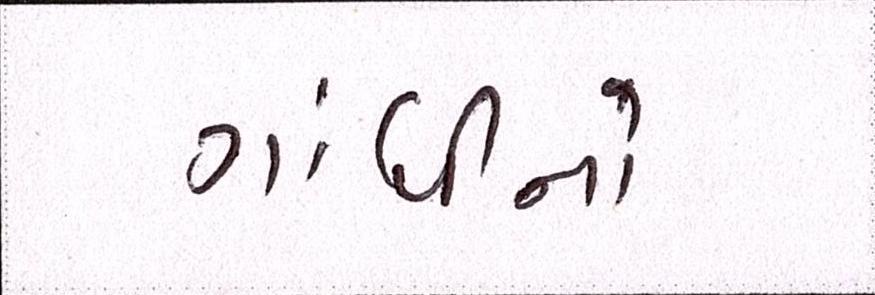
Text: ગાંધીનો